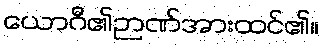
ယောဂီ၏ဉာဏ်အားထင်၏။